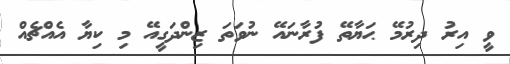
ވީ އިރު ދިރުމޭ ޙަޔާތޭ ފުރާނައޭ ނުވަތަ ޒިންދަގީއޭ މި ކިޔާ އެއްޗެއް